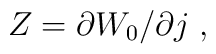
Z = \partial W_0 /\partial j \; ,